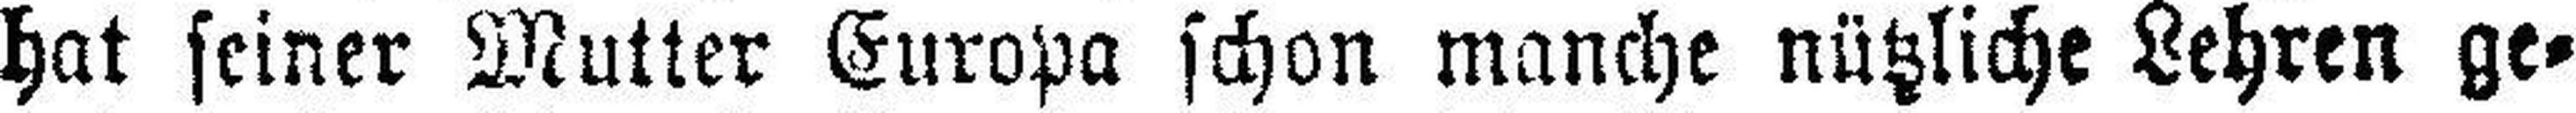
hat seiner Mutter Europa schon manche nützliche Lehren ge¬